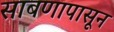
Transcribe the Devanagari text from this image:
साबणापासून